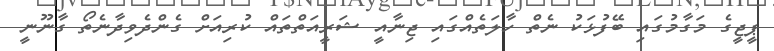
ޕީޖީގެ މަގާމުގައި ބޭފުޅަކު ނެތް ހާލަތެއްގައި ޖިނާއީ ޝަރީއަތްތައް ކުރިއަށް ގެންދެވިދާނެތޯ ގާނޫނީ